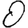
Digit: 0